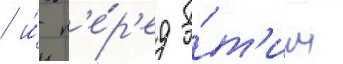
/ и́ п'е́р'ед э́т'им